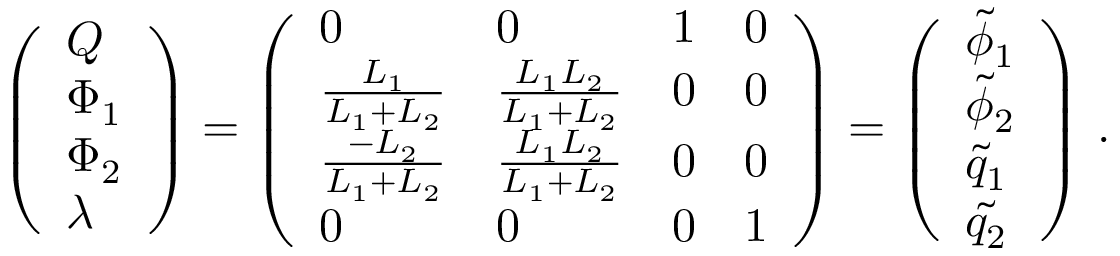
\begin{array} { r } { \left( \begin{array} { l } { Q } \\ { \Phi _ { 1 } } \\ { \Phi _ { 2 } } \\ { \lambda } \end{array} \right) = \left( \begin{array} { l l l l } { 0 } & { 0 } & { 1 } & { 0 } \\ { \frac { L _ { 1 } } { L _ { 1 } + L _ { 2 } } } & { \frac { L _ { 1 } L _ { 2 } } { L _ { 1 } + L _ { 2 } } } & { 0 } & { 0 } \\ { \frac { - L _ { 2 } } { L _ { 1 } + L _ { 2 } } } & { \frac { L _ { 1 } L _ { 2 } } { L _ { 1 } + L _ { 2 } } } & { 0 } & { 0 } \\ { 0 } & { 0 } & { 0 } & { 1 } \end{array} \right) = \left( \begin{array} { l } { \tilde { \phi } _ { 1 } } \\ { \tilde { \phi } _ { 2 } } \\ { \tilde { q } _ { 1 } } \\ { \tilde { q _ { 2 } } } \end{array} \right) \, . } \end{array}